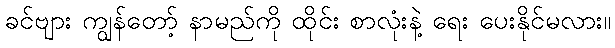
ခင်ဗျား ကျွန်တော့် နာမည်ကို ထိုင်း စာလုံးနဲ့ ရေး ပေးနိုင်မလား။